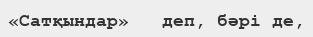
«Сатқындар»   деп, бәрі де,